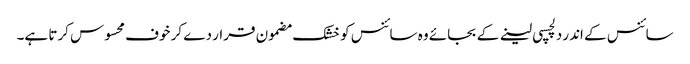
سائنس کے اندر دلچسپی لینے کے بجائے وہ سائنس کو خشک مضمون قرار دے کر خوف محسوس کرتا ہے۔